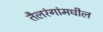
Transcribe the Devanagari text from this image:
तैलरंगांमधील